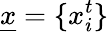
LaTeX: \underline{x}=\{ x_{i}^{t}\}